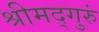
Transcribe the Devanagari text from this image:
श्रीमद्गुरुं